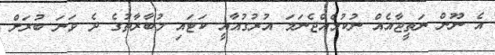
އެ ނޫން ނަތީޖާއެއް ނުކުމެއްޖެނަމަ އުރުގުއާއީ ކަޓައި މުބާރާތުގެ ދެ ވަނަ ބުރަށް